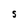
Character: S